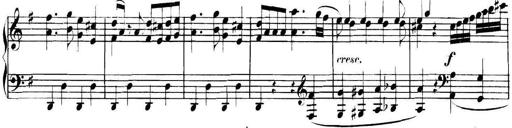
Title: Collected Piano Sonatas
Composer: Muzio Clementi